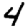
Digit: 4